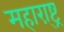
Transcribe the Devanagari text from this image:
महारा़्ष्ट्र